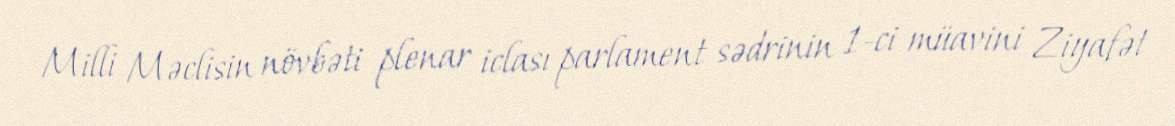
Milli Məclisin növbəti plenar iclası parlament sədrinin 1-ci müavini Ziyafət